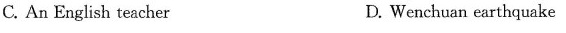
C. An English teacher D.Wenchuan earthquake